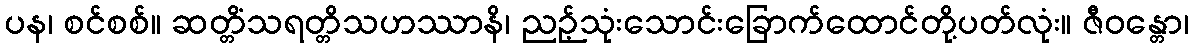
ပန၊ စင်စစ်။ ဆတ္တိံသရတ္တိသဟဿာနိ၊ ညဉ့်သုံးသောင်းခြောက်ထောင်တို့ပတ်လုံး။ ဇီဝန္တော၊